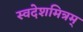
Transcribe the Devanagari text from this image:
स्वदेशमित्रम्